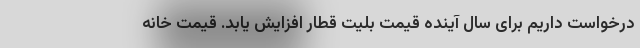
درخواست داریم برای سال آینده قیمت بلیت قطار افزایش یابد. قیمت خانه